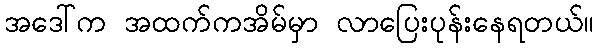
အဒေါ်က အထက်ကအိမ်မှာ လာပြေးပုန်းနေရတယ်။